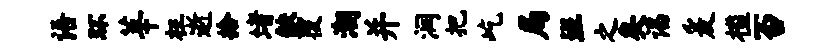
语环莘枉逝拾堵缺覆潮并润把屹局班之矣谒爰槛否